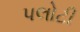
પલોટી